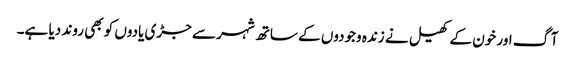
آگ اور خون کے کھیل نے زندہ وجودوں کے ساتھ شہر سے جڑی یادوں کو بھی روند دیا ہے۔